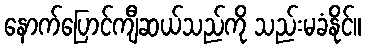
နောက်ပြောင်ကျီဆယ်သည်ကို သည်းမခံနိုင်။